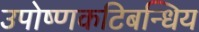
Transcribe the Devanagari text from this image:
उपोष्णकटिबन्धिय